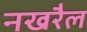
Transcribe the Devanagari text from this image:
नखरैल